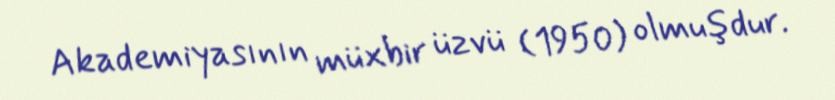
Akademiyasının müxbir üzvü (1950) olmuşdur.